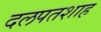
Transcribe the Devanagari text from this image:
दलपतशाह